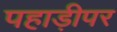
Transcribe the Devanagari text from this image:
पहाड़ीपर